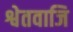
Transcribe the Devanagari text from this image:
श्वेतवाजि